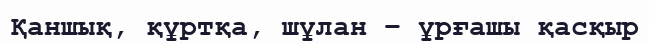
Қаншық, құртқа, шұлан – ұрғашы қасқыр